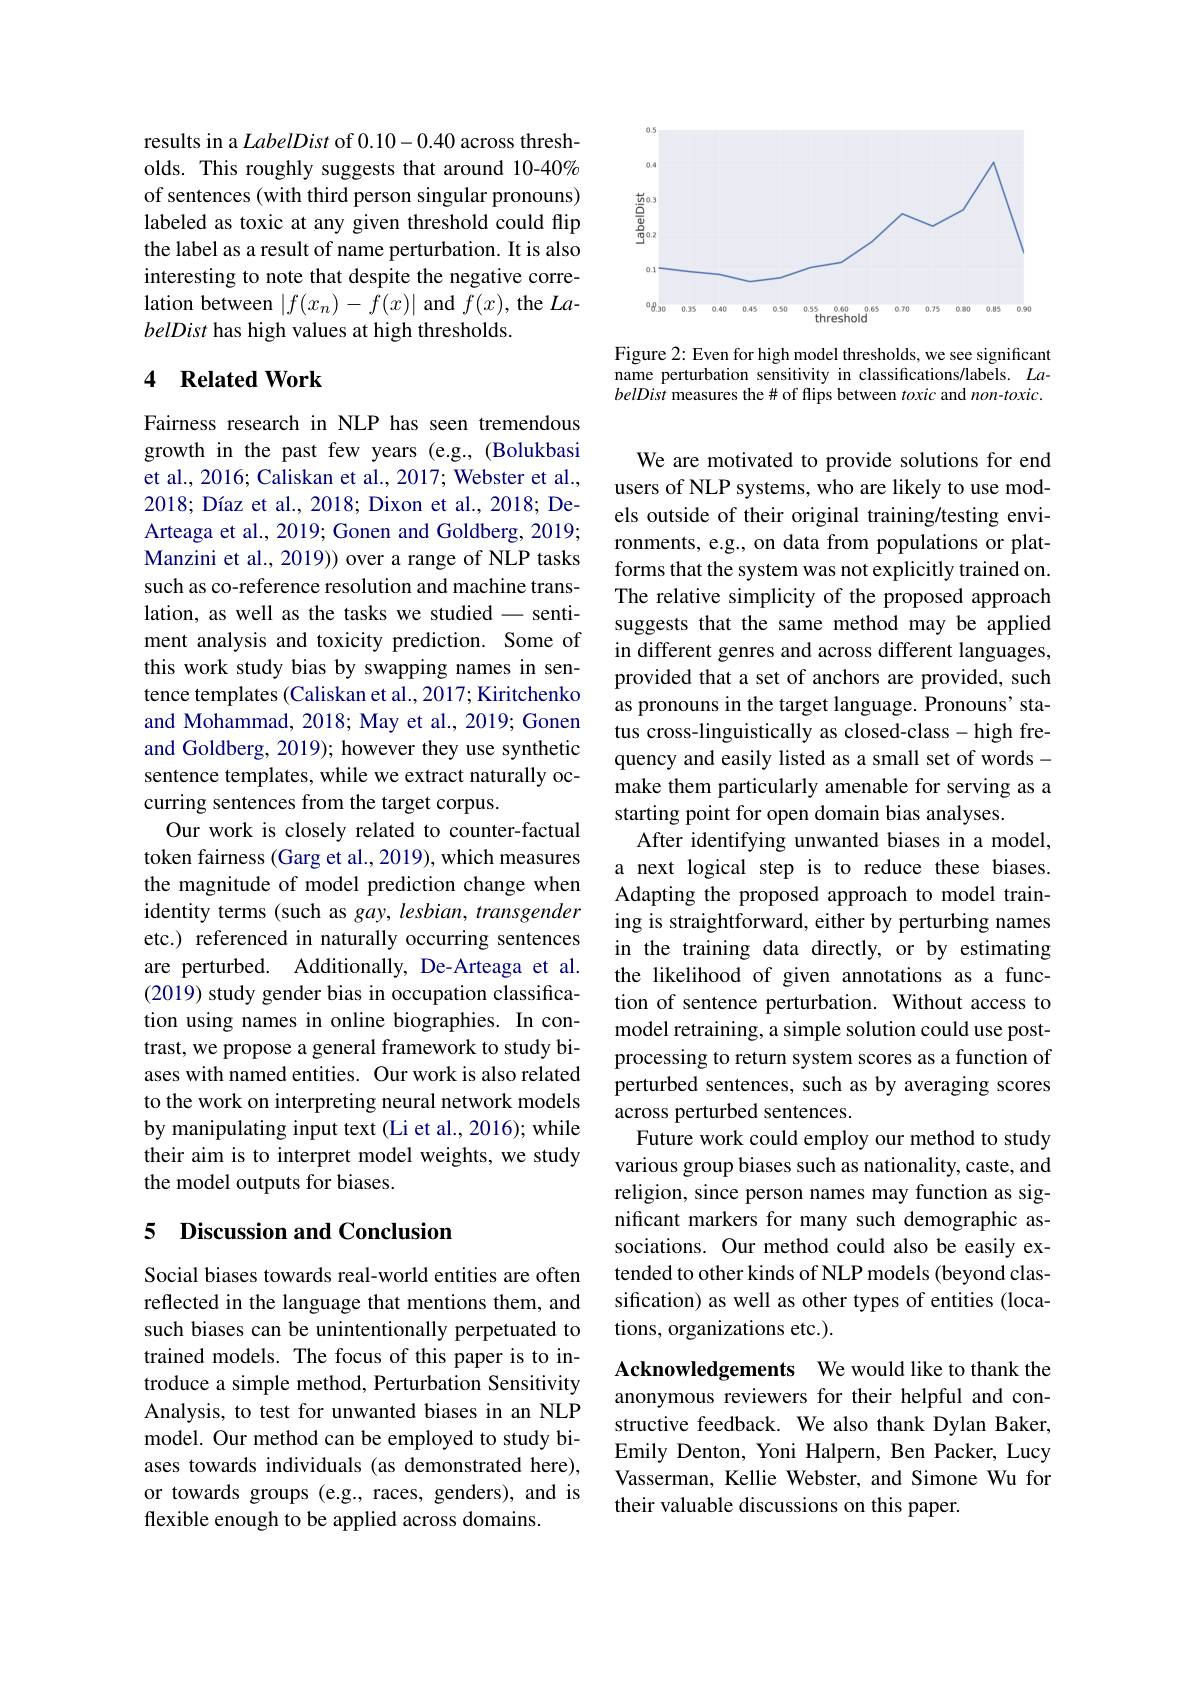
results in a LabelDist of 0.10-0.40 across thresholds. This roughly suggests that around 10-40% of sentences (with third person singular pronouns) labeled as toxic at any given threshold could flip the label as a result of name perturbation. It is also interesting to note that despite the negative correlation between $|f(x_n)-f(x)|$ and $f(x)$, the $La$- belDist has high values at high thresholds.

## 4 Related Work

Fairness research in NLP has seen tremendous growth in the past few years (e.g., (Bolukbasi et al., 2016; Caliskan et al., 2017; Webster et al., $2018; \text{ D\' {ı }azetal. , 2018; Dixonetal. , 2018; De- }$ Arteaga et al., 2019; Gonen and Goldberg, 2019; Manzini et al., 2019)) over a range of NLP tasks such as co-reference resolution and machine translation, as well as the tasks we studied - sentiment analysis and toxicity prediction. Some of this work study bias by swapping names in sentence templates (Caliskan et al., 2017; Kiritchenko and Mohammad, 2018; May et al., 2019; Gonen and Goldberg, 2019); however they use synthetic sentence templates, while we extract naturally occurring sentences from the target corpus.
Our work is closely related to counter-factual token fairness (Garg et al., 2019), which measures the magnitude of model prediction change when identity terms (such as gay, lesbian, transgender etc.) referenced in naturally occurring sentences are perturbed. Additionally, De-Arteaga et al. (2019) study gender bias in occupation classification using names in online biographies. In contrast, we propose a general framework to study biases with named entities. Our work is also related to the work on interpreting neural network models by manipulating input text (Li et al., 2016); while their aim is to interpret model weights, we study the model outputs for biases.

## 5 Discussion and Conclusion

Social biases towards real-world entities are often reflected in the language that mentions them, and such biases can be unintentionally perpetuated to trained models. The focus of this paper is to introduce a simple method, Perturbation Sensitivity Analysis, to test for unwanted biases in an NLP model. Our method can be employed to study biases towards individuals (as demonstrated here), or towards groups (e.g., races, genders), and is flexible enough to be applied across domains.

<FigureHere>

Figure 2: Even for high model thresholds, we see significant name perturbation sensitivity in classifications/labels. $La-$ belDist measures the# of flips between toxic and $non-toxic.$

We are motivated to provide solutions for end users of NLP systems, who are likely to use models outside of their original training/testing environments, e.g., on data from populations or platforms that the system was not explicitly trained on. The relative simplicity of the proposed approach suggests that the same method may be applied in different genres and across different languages, provided that a set of anchors are provided, such as pronouns in the target language. Pronouns' status cross-linguistically as closed-class-high frequency and easily listed as a small set of wordsmake them particularly amenable for serving as a starting point for open domain bias analyses.
After identifying unwanted biases in a model, a next logical step is to reduce these biases. Adapting the proposed approach to model training is straightforward, either by perturbing names in the training data directly, or by estimating the likelihood of given annotations as a function of sentence perturbation. Without access to model retraining, a simple solution could use postprocessing to return system scores as a function of perturbed sentences, such as by averaging scores across perturbed sentences.
Future work could employ our method to study various group biases such as nationality, caste, and religion, since person names may function as significant markers for many such demographic associations. Our method could also be easily extended to other kinds of NLP models (beyond classification) as well as other types of entities (locations, organizations etc.).
Acknowledgements We would like to thank the

anonymous reviewers for their helpful and constructive feedback. We also thank Dylan Baker, Emily Denton, Yoni Halpern, Ben Packer, Lucy Vasserman, Kellie Webster, and Simone Wu for their valuable discussions on this paper.